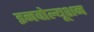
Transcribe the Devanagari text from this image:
इनवोल्यूशन